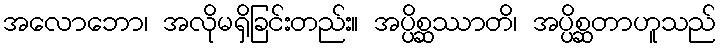
အလောဘော၊ အလိုမရှိခြင်းတည်း။ အပ္ပိစ္ဆဿာတိ၊ အပ္ပိစ္ဆတာဟူသည်